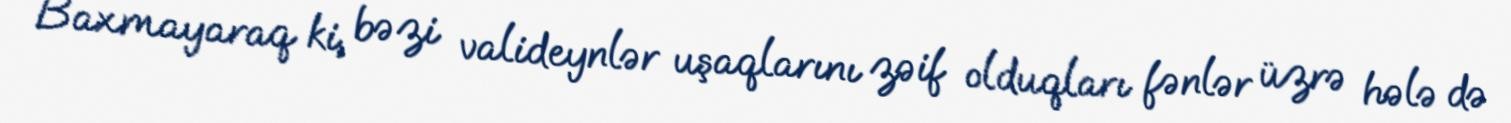
Baxmayaraq ki, bəzi valideynlər uşaqlarını zəif olduqları fənlər üzrə hələ də